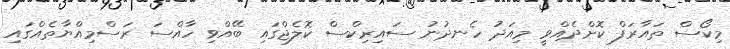
މިކޯސް ތައާރަފް ކޮށްދެއްވީ މިއަދު ހެނދުނު ސައިރިކްސް ކޮލެޖްގައި ބޭއްވި ހާއްސަ ރަސްމިއްޔާތެއްގައި